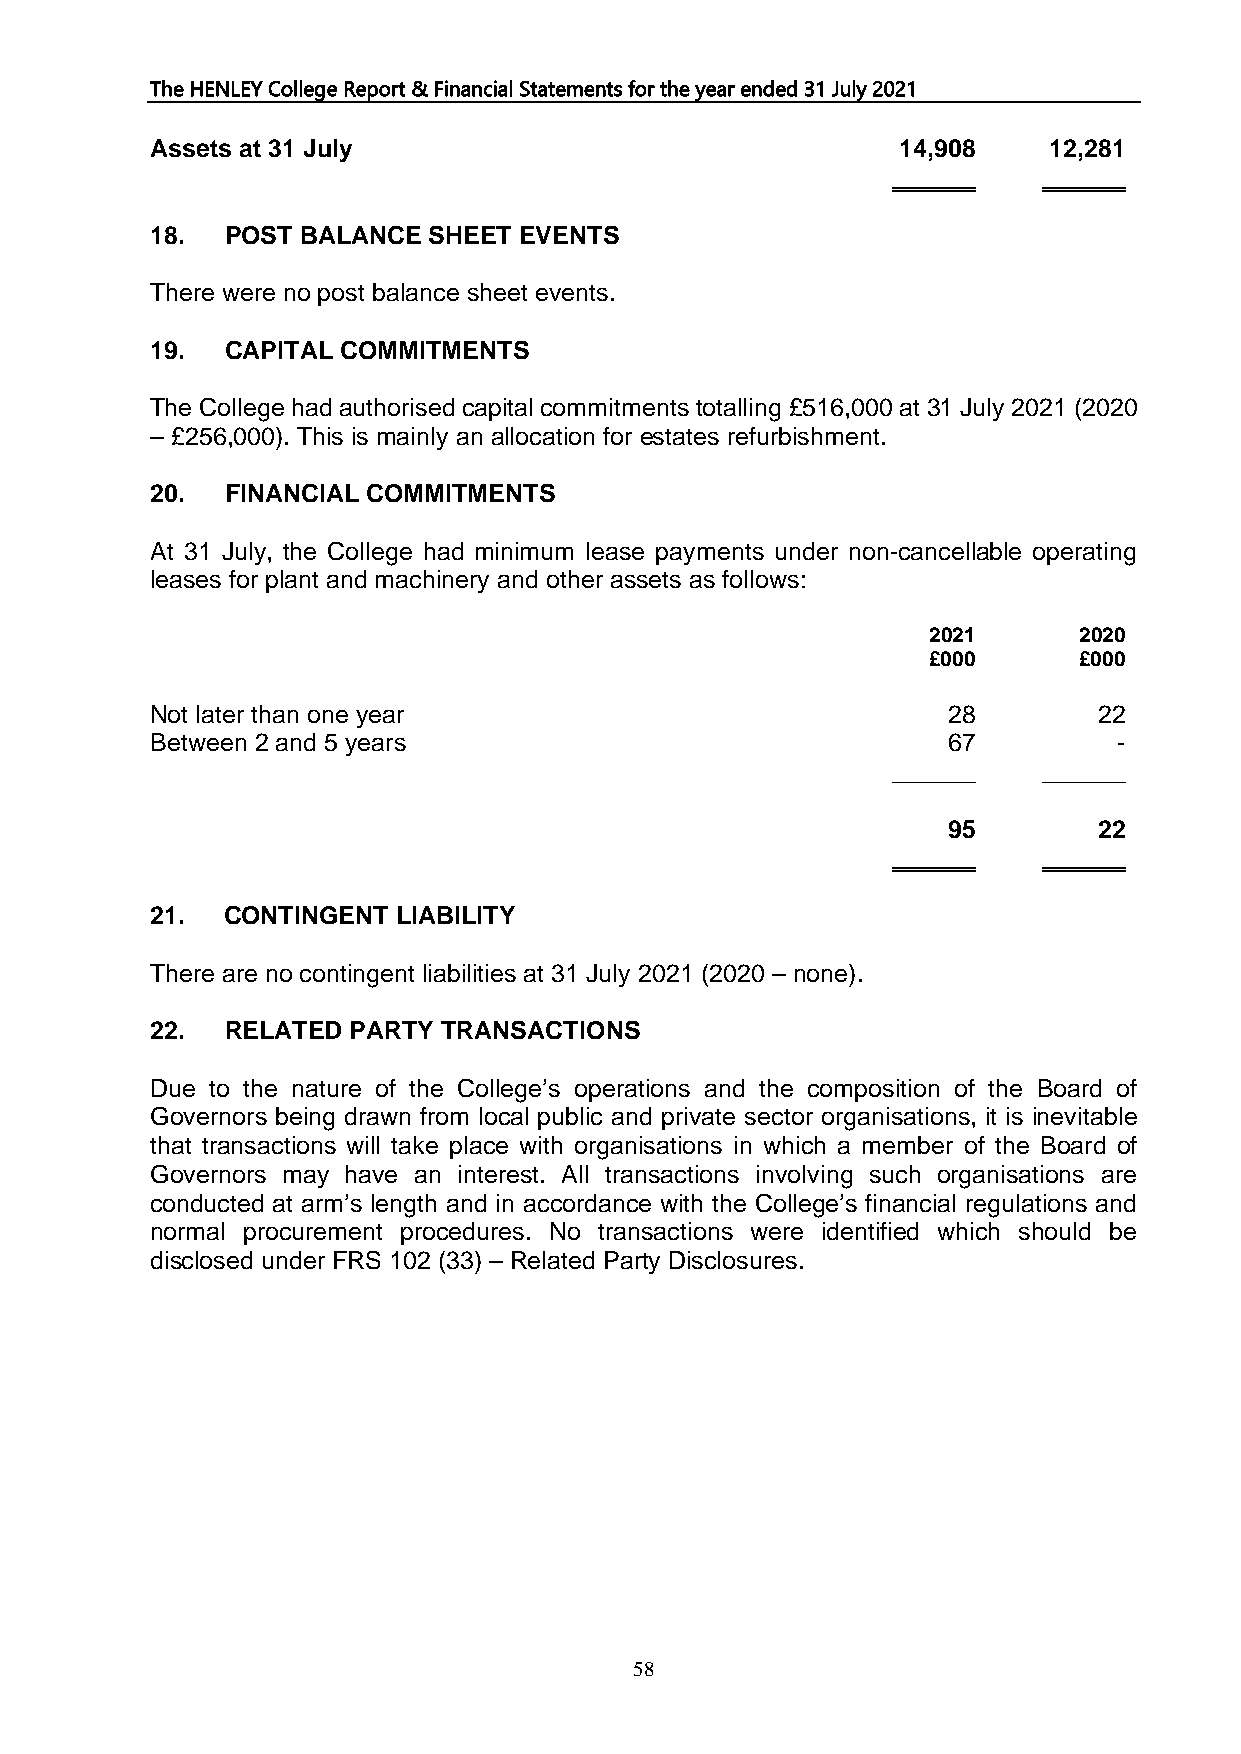
The HENLEY College Report & Financial Statements for the year ended 31 July 2021
 Assets at 31 July                                14,908    12,281
 ______    ______
 18.  POST BALANCE SHEET EVENTS
 There were no post balance sheet events.
 19.  CAPITAL COMMITMENTS
 The College had authorised capital commitments totalling £516,000 at 31 July 2021 (2020
 – £256,000). This is mainly an allocation for estates refurbishment.
 20.  FINANCIAL COMMITMENTS
 At 31 July, the College had minimum lease payments under non-cancellable operating
 leases for plant and machinery and other assets as follows:
 2021      2020
 £000      £000
 Not later than one year                              28        22
 Between 2 and 5 years                                67         -
 ______    ______
 95        22
 ______    ______
 21.  CONTINGENT LIABILITY
 There are no contingent liabilities at 31 July 2021 (2020 – none).
 22.  RELATED PARTY TRANSACTIONS
 Due to the nature of the College’s operations and the composition of the Board of
 Governors being drawn from local public and private sector organisations, it is inevitable
 that transactions will take place with organisations in which a member of the Board of
 Governors may have an interest. All transactions involving such organisations are
 conducted at arm’s length and in accordance with the College’s financial regulations and
 normal procurement procedures. No transactions were identified which should be
 disclosed under FRS 102 (33) – Related Party Disclosures.
 58